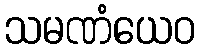
သမဏံယေဝ